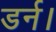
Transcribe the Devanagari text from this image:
डर्न।